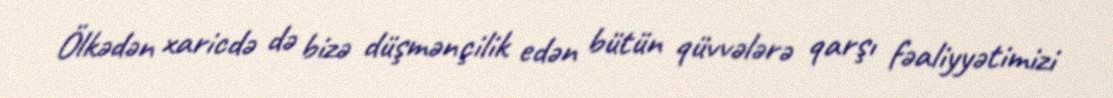
Ölkədən xaricdə də bizə düşmənçilik edən bütün qüvvələrə qarşı fəaliyyətimizi